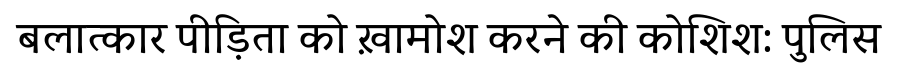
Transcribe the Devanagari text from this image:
बलात्कार पीड़िता को ख़ामोश करने की कोशिश: पुलिस